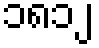
၁၈၁၂